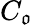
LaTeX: C_{\mathfrak{o}}